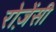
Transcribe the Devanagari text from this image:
रोज़ेंसी